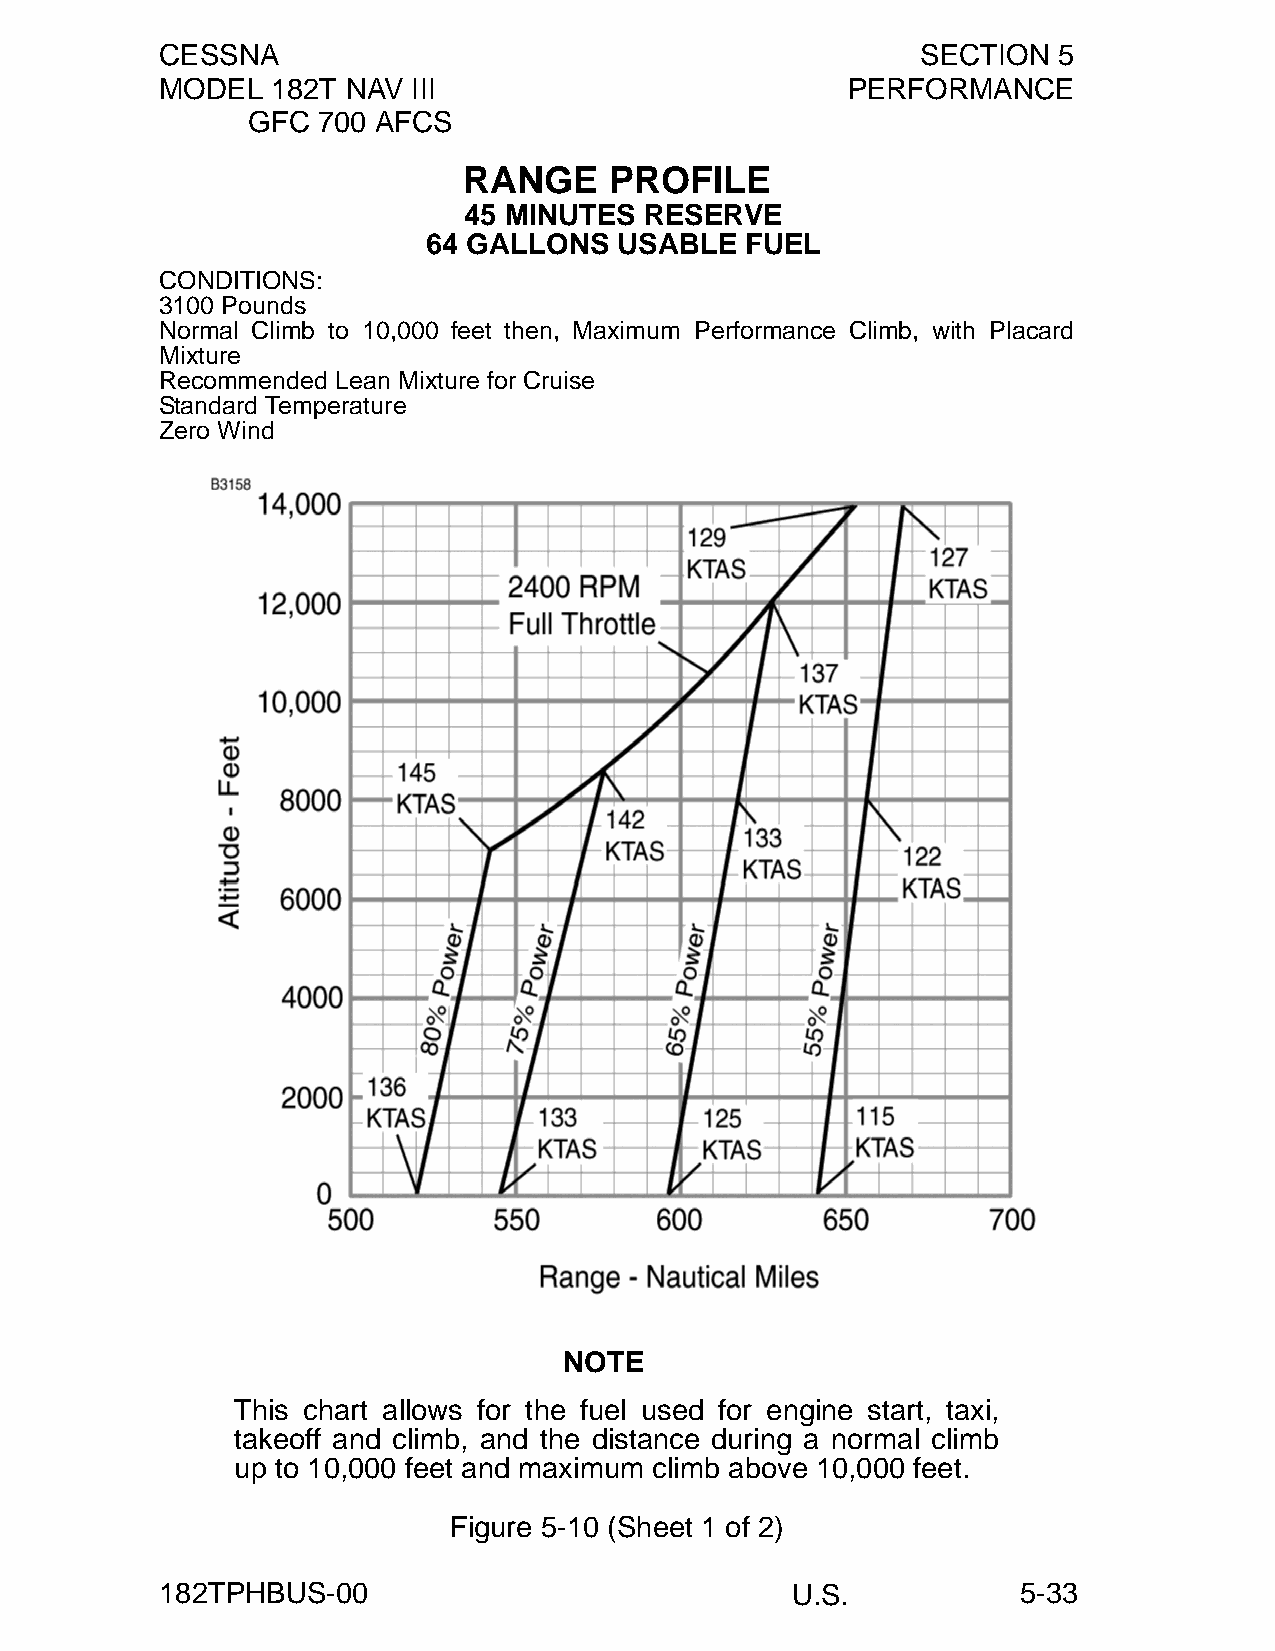
CESSNA                                            SECTION  5
 MODEL  182T NAV III                          PERFORMANCE
 GFC  700 AFCS
 RANGE    PROFILE
 45 MINUTES  RESERVE
 64 GALLONS   USABLE  FUEL
 CONDITIONS:
 3100 Pounds
 Normal Climb to 10,000 feet then, Maximum Performance Climb, with Placard
 Mixture
 Recommended Lean Mixture for Cruise
 Standard Temperature
 Zero Wind
 NOTE
 This chart allows for the fuel used for engine start, taxi,
 takeoff and climb, and the distance during a normal climb
 up to 10,000 feet and maximum climb above 10,000 feet.
 Figure 5-10 (Sheet 1 of 2)
 182TPHBUS-00                             U.S.            5-33